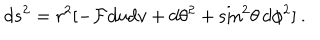
LaTeX: d s ^ { 2 } = r ^ { 2 } [ - { \cal F } d u d v + d \theta ^ { 2 } + \sin ^ { 2 } \! \theta \, d \phi ^ { 2 } ] \: .